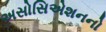
અસોસિએશનનો